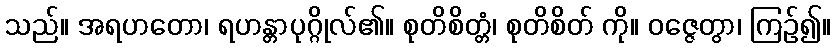
သည်။ အရဟတော၊ ရဟန္တာပုဂ္ဂိုလ်၏။ စုတိစိတ္တံ၊ စုတိစိတ် ကို။ ဝဇ္ဇေတွာ၊ ကြဉ်၍။